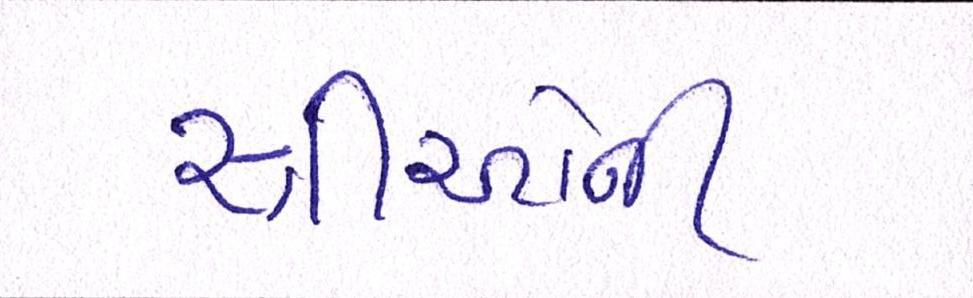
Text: સ્ત્રીઓની